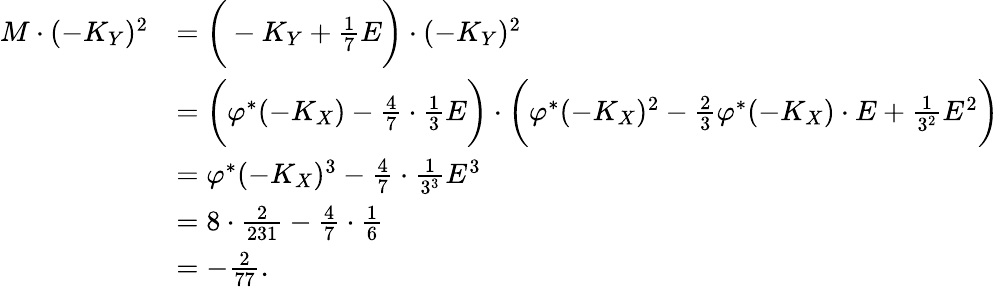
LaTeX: \begin{array}{rl}{M\cdot(-K_{Y})^{2}}&{=\bigg(-K_{Y}+\frac{1}{7}E\bigg)\cdot(-K_{Y})^{2}}\\ &{=\bigg(\varphi^{*}(-K_{X})-\frac{4}{7}\cdot\frac{1}{3}E\bigg)\cdot\bigg(\varphi^{*}(-K_{X})^{2}-\frac{2}{3}\varphi^{*}(-K_{X})\cdot E+\frac{1}{3^{2}}E^{2}\bigg)}\\ &{=\varphi^{*}(-K_{X})^{3}-\frac{4}{7}\cdot\frac{1}{3^{3}}E^{3}}\\ &{=8\cdot\frac{2}{231}-\frac{4}{7}\cdot\frac{1}{6}}\\ &{=-\frac{2}{77}.}\end{array}